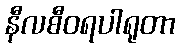
နီလစီဝရပါရုတာ